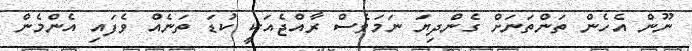
ނޫން އެހެން ތަންތަނަށް ގެންދިޔަ ނަމަވެސް ރާއްޖެއަކީ ކުޑަ ތަނެއް ވެފައި އެންމެން